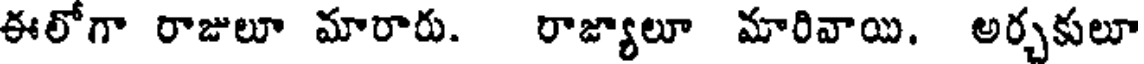
ఈలోగా రాజులూ మారారు. రాజ్యాలూ మారివాయి. అర్చకులూ